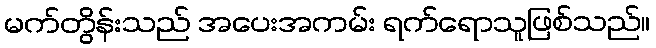
မက်တွိန်းသည် အပေးအကမ်း ရက်ရောသူဖြစ်သည်။